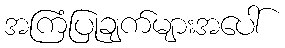
အကြံပြုချက်များအပေါ်